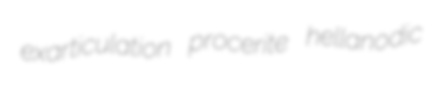
exarticulation procerite hellanodic